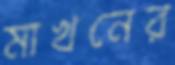
মাখনের